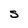
Character: S